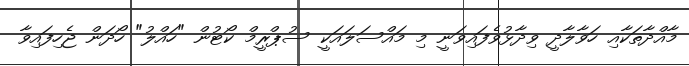
މާއްދާތަކާއި ހަވާލާދީ ވިދާޅުވެފައިވަނީ މި މައްސަލައަކީ ސުޕްރީމް ކޯޓުން "ހައްލު" ހޯދަން ޖެހިފައިވާ